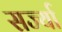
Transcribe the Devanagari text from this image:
सर्ज्या